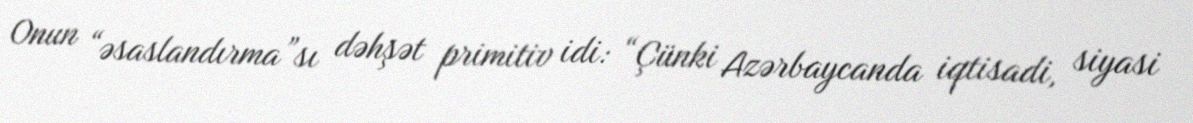
Onun “əsaslandırma”sı dəhşət primitiv idi: “Çünki Azərbaycanda iqtisadi, siyasi